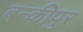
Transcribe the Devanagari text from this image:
बन्कीपुर